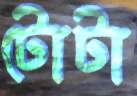
টোটা